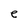
Character: e